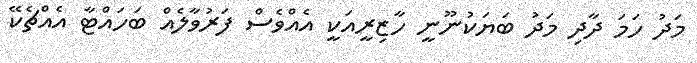
މަދު ހަމަ ދާދި މަދު ބަޔަކުނޫނީ ހާޒިރީއަކީ އެއްވެސް ފަރުވާލެއް ބަހައްޓާ އެއްޗެކޭ